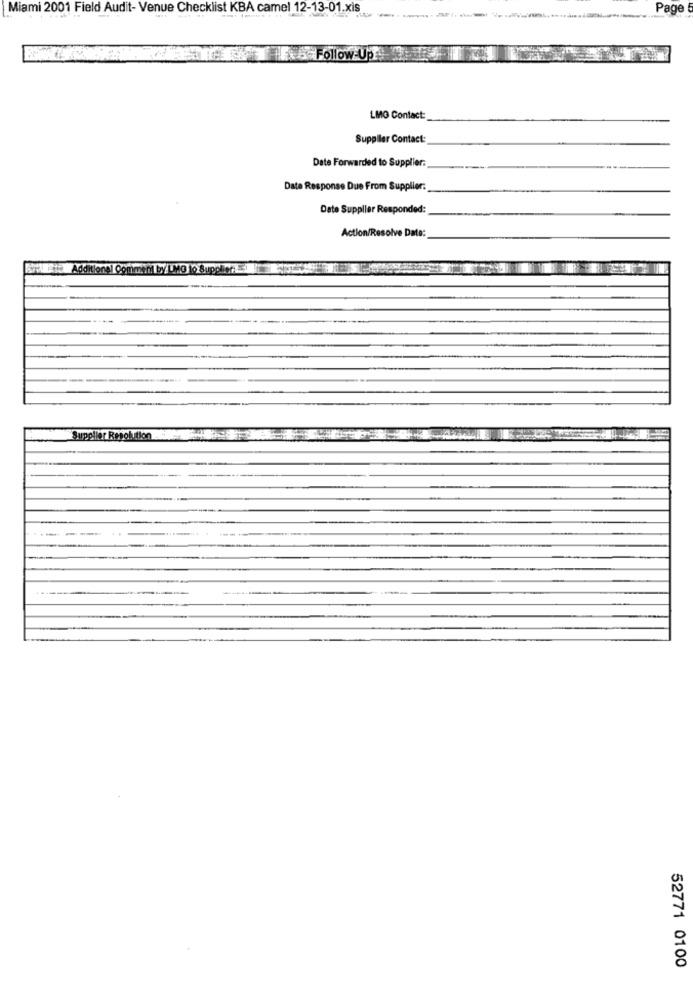
Miami 2001 Field Audit- Venue Checklist KBA camel 12-13-01.Xls.
Page
& Follow Up
LMO Contact:
Supplier Contact:
Date Forwarded to Supplier:
Date Response Due From Supplier:
Date Supplier Responded:
Action/Resolve Date:
Additional Comment by LMG to Sup
Supplier Resolution
52771 0100